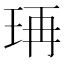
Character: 𤥆